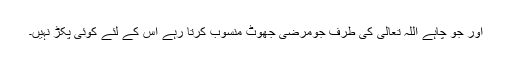
اور جو چاہے اللہ تعالیٰ کی طرف جومرضی جھوٹ منسوب کرتا رہے اس کے لئے کوئی پکڑ نہیں۔